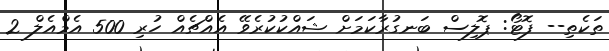
ތަކެތި-- ފޮޓޯ: ޕޮލިސް ބަނގުރާކަމަށް ޝައްކުކުރެވޭ އެއްޗެއް ހުރި 500 އެމްއެލް 2